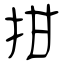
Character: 拑